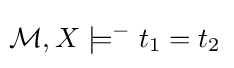
\!{\mathcal {M}},X\models ^{-}t_{1}=t_{2}